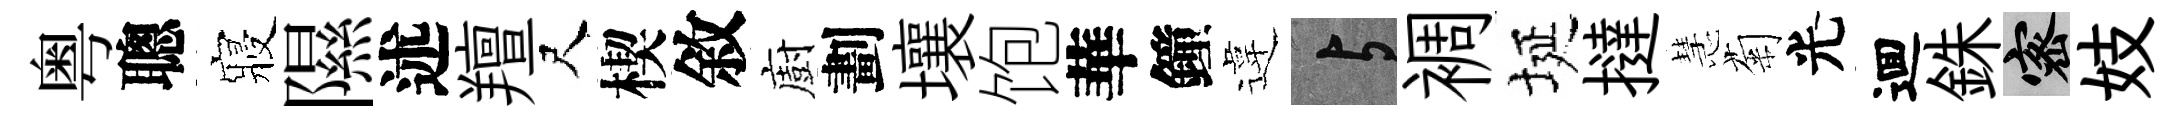
粤聰寢隰述羶尺楔敘廚劃壤饱華鐘違与裯埏撻慧菊光逥銖密妓